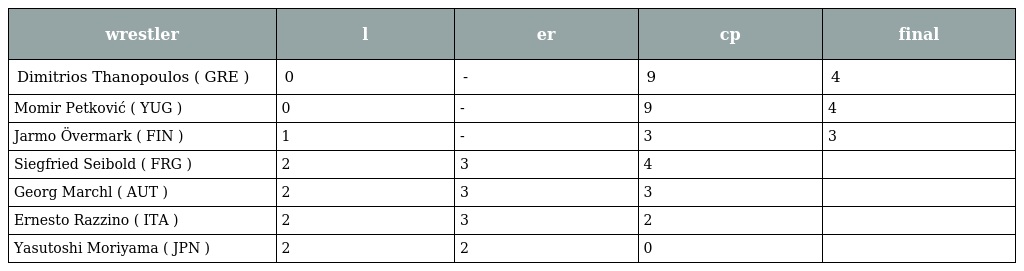
| wrestler | l | er | cp | final |
 | --- | --- | --- | --- | --- |
 | Dimitrios Thanopoulos ( GRE ) | 0 | - | 9 | 4 |
 | Momir Petković ( YUG ) | 0 | - | 9 | 4 |
 | Jarmo Övermark ( FIN ) | 1 | - | 3 | 3 |
 | Siegfried Seibold ( FRG ) | 2 | 3 | 4 |  |
 | Georg Marchl ( AUT ) | 2 | 3 | 3 |  |
 | Ernesto Razzino ( ITA ) | 2 | 3 | 2 |  |
 | Yasutoshi Moriyama ( JPN ) | 2 | 2 | 0 |  |